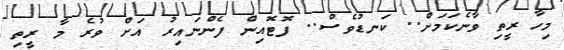
މިހާ ރީތި ވާނެކަމަށް.. ކަނޑުވެސް.. ފޮޓޮއިން ފެންނައިރު އަށް ވުރެ މާ ރީތި